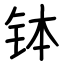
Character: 钵